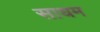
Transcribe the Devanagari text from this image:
साधम